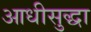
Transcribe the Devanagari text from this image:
आधीसुद्धा